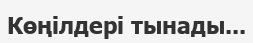
Көңілдері тынады...